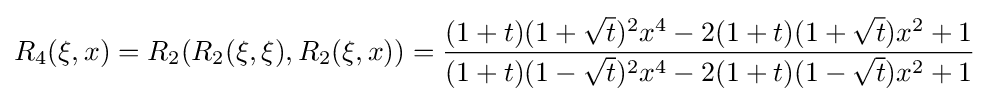
R_{4}(\xi ,x)=R_{2}(R_{2}(\xi ,\xi ),R_{2}(\xi ,x))={\frac {(1+t)(1+{\sqrt {t}})^{2}x^{4}-2(1+t)(1+{\sqrt {t}})x^{2}+1}{(1+t)(1-{\sqrt {t}})^{2}x^{4}-2(1+t)(1-{\sqrt {t}})x^{2}+1}}